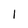
Character: I